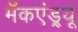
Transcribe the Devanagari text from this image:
मॅकएंड्र्यू